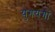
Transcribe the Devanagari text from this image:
युगयगों